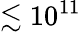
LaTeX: \lesssim 10^{11}